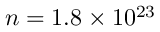
n = 1 . 8 \times 1 0 ^ { 2 3 }